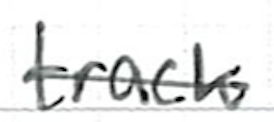
Text: track
Cross-out: single-line
Writing tool: ballpoint